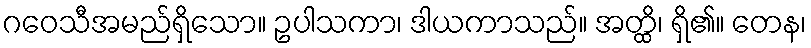
ဂဝေသီအမည်ရှိသော။ ဥပါသကာ၊ ဒါယကာသည်။ အတ္ထိ၊ ရှိ၏။ တေန၊